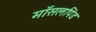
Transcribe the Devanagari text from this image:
माँसलपिंड